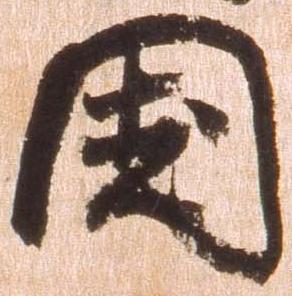
国